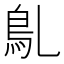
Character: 𩾐